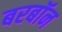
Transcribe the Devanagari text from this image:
बरबॉन